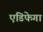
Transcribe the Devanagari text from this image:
एडिफेगा